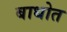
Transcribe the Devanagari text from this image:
बाधोत